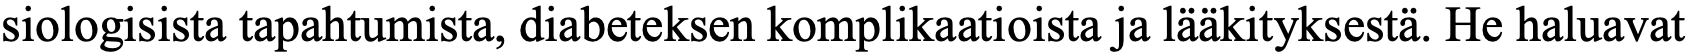
siologisista tapahtumista, diabeteksen komplikaatioista ja lääkityksestä. He haluavat